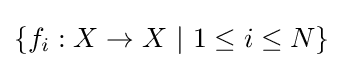
\{f_{i}:X\to X\ |\ 1\leq i\leq N\}